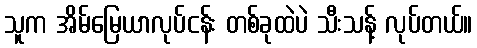
သူက အိမ်မြေယာလုပ်ငန်း တစ်ခုထဲပဲ သီးသန့် လုပ်တယ်။